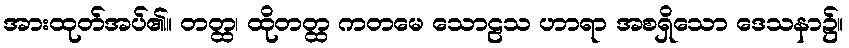
အားထုတ်အပ်၏။ တတ္ထ၊ ထိုတတ္ထ ကတမေ သောဠသ ဟာရာ အစရှိသော ဒေသနာ၌။